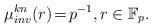
LaTeX: \begin{align*}\mu_{inv}^{kn}(r)\!=\!p^{-1},r\in{\mathbb F}_p.\end{align*}